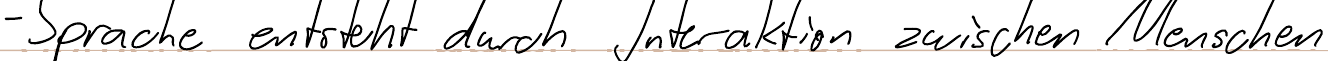
- Sprache entsteht durch Interaktion zwischen Menschen